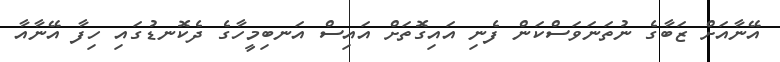
އޭނާއަށް ޒަބާގެ ނުތަނަވަސްކަން ފެނި އައިގޮތަށް އައިސް އަނބިމީހާގެ ދެކޮނޑުގައި ހިފާ އޭނާއާ